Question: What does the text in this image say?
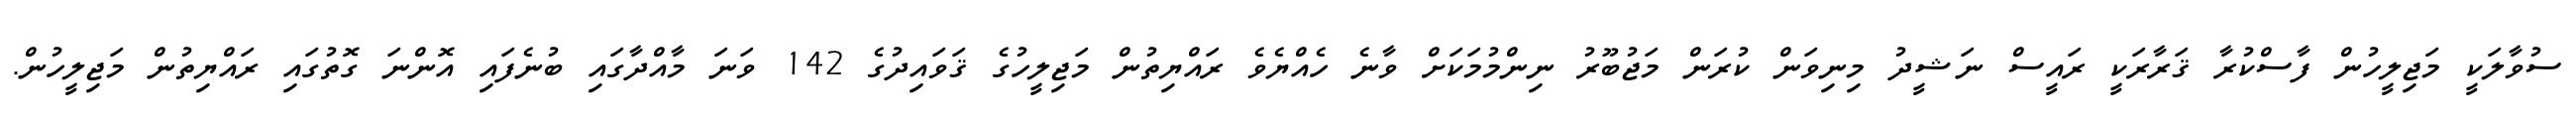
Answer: ސުވާލަކީ މަޖިލީހުން ފާސްކުރާ ޤަރާރަކީ ރައީސް ނަޝީދު މިނިވަން ކުރަން މަޖުބޫރު ނިންމުމަކަށް ވާނެ ހެއްޔެވެ ރައްޔިތުން މަޖިލީހުގެ ޤަވައިދުގެ 142 ވަނަ މާއްދާގައި ބުނެފައި އޮންނަ ގޮތުގައި ރައްޔިތުން މަޖިލީހުން.